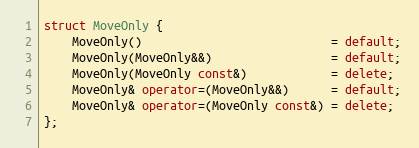
Language: C++
struct MoveOnly {
    MoveOnly()                           = default;
    MoveOnly(MoveOnly&&)                 = default;
    MoveOnly(MoveOnly const&)            = delete;
    MoveOnly& operator=(MoveOnly&&)      = default;
    MoveOnly& operator=(MoveOnly const&) = delete;
};